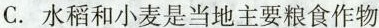
C.水稻和小麦是当地主要粮食作物